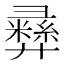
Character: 彞